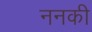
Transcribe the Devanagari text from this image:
ननकी